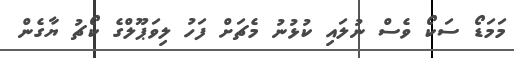
މަމަޑޯ ސަކޯ ވެސް ނުލައި ކުޅުނު މެޗަށް ފަހު ލިވަޕޫލްގެ ކޯޗު ޔާގެން